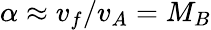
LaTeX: \alpha\approx v_{f}/v_{A}=M_{B}